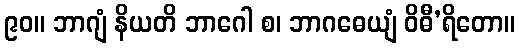
၉၀။ ဘာဂျံ နိယတိ ဘာဂေါ စ၊ ဘာဂဓေယျံ ဝိဓီ’ရိတော။